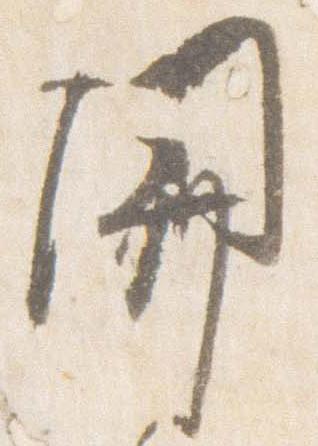
関